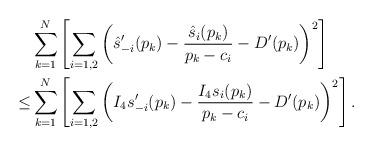
LaTeX: \begin{align*} & \sum_{k=1}^{N}\left[\sum_{i=1,2}\left(\hat{s}_{-i}'(p_{k})-\frac{\hat{s}_{i}(p_{k})}{p_{k}-c_{i}}-D'(p_{k})\right)^{2}\right] \\\le & \sum_{k=1}^{N}\left[\sum_{i=1,2}\left(I_{4}s_{-i}'(p_{k})-\frac{I_{4}s_{i}(p_{k})}{p_{k}-c_{i}}-D'(p_{k})\right)^{2}\right].\end{align*}